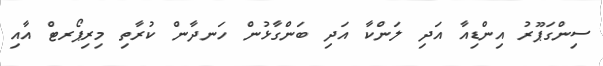
ސިންގަޕޫރު އިންޑިއާ އަދި ލަންކާ އަދި ބަންގާޅުން ހަނދާން ކުރާތި މިރިޕޯރޓް އާއި